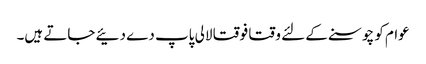
عوام کو چوسنے کے لئے وقتا فوقتا لالی پاپ دے دئیے جاتے ہیں۔